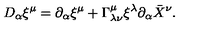
D _ { \alpha } \xi ^ { \mu } = \partial _ { \alpha } \xi ^ { \mu } + \Gamma _ { \lambda \nu } ^ { \mu } \xi ^ { \lambda } \partial _ { \alpha } \bar { X } ^ { \nu } .